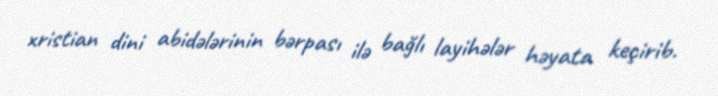
xristian dini abidələrinin bərpası ilə bağlı layihələr həyata keçirib.